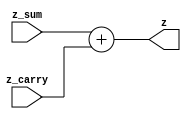
module fmul_add  (z_sum,z_carry,z);
	input [38:0] z_sum;
	input [39:0] z_carry;
	output [47:8] z;
	assign z= {1'b0,z_sum} + z_carry;

endmodule